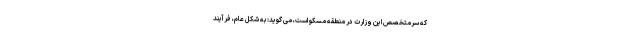
که سرمتخصص این وزارت در منطقه مسکو است، می گوید: به شکل عام، فرآیند